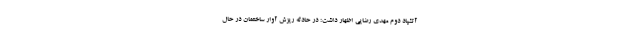
آتشپاد دوم مهدی رضایی اظهار داشت: در حادثه ریزش آوار ساختمان در حال